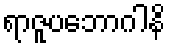
ရာဇူပဘောဂါနိ